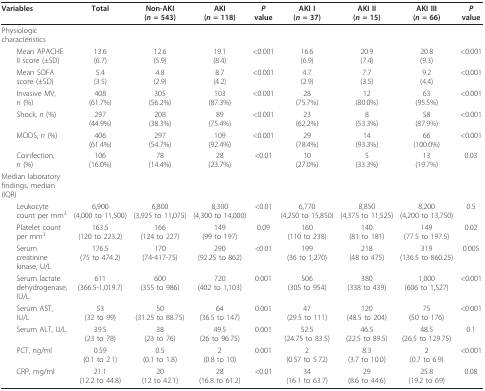
<table><thead><tr><td><b>Variables</b></td><td><b>Total</b></td><td><b>Non-AKI(<i>n </i>= 543)</b></td><td><b>AKI(<i>n </i>= 118)</b></td><td><b><i>P </i>value</b></td><td><b>AKI I(<i>n </i>= 37)</b></td><td><b>AKI II(<i>n </i>= 15)</b></td><td><b>AKI III(<i>n </i>= 66)</b></td><td><b><i>P </i>value</b></td></tr></thead><tbody><tr><td>Physiologic characteristics</td><td></td><td></td><td></td><td></td><td></td><td></td><td></td><td></td></tr><tr><td> Mean APACHE II score (±SD)</td><td>13.6 (6.7)</td><td>12.6 (5.9)</td><td>19.1 (8.4)</td><td>&lt;0.001</td><td>16.6 (6.9)</td><td>20.9 (7.4)</td><td>20.8 (9.3)</td><td>&lt;0.001</td></tr><tr><td> Mean SOFA score (±SD)</td><td>5.4 (3.5)</td><td>4.8 (2.9)</td><td>8.7 (4.2)</td><td>&lt;0.001</td><td>4.7 (2.9)</td><td>7.7 (3.5)</td><td>9.2 (4.4)</td><td>&lt;0.001</td></tr><tr><td> Invasive MV, <i>n </i>(%)</td><td>408 (61.7%)</td><td>305 (56.2%)</td><td>103 (87.3%)</td><td>&lt;0.001</td><td>28 (75.7%)</td><td>12 (80.0%)</td><td>63 (95.5%)</td><td>&lt;0.001</td></tr><tr><td> Shock, <i>n </i>(%)</td><td>297 (44.9%)</td><td>208 (38.3%)</td><td>89 (75.4%)</td><td>&lt;0.001</td><td>23 (62.2%)</td><td>8 (53.3%)</td><td>58 (87.9%)</td><td>&lt;0.001</td></tr><tr><td> MODS, <i>n </i>(%)</td><td>406 (61.4%)</td><td>297 (54.7%)</td><td>109 (92.4%)</td><td>&lt;0.001</td><td>29 (78.4%)</td><td>14 (93.3%)</td><td>66 (100.0%)</td><td>&lt;0.001</td></tr><tr><td> Coinfection, <i>n </i>(%)</td><td>106 (16.0%)</td><td>78 (14.4%)</td><td>28 (23.7%)</td><td>&lt;0.01</td><td>10 (27.0%)</td><td>5 (33.3%)</td><td>13 (19.7%)</td><td>0.03</td></tr><tr><td>Median laboratory findings, median (IQR)</td><td></td><td></td><td></td><td></td><td></td><td></td><td></td><td></td></tr><tr><td> Leukocyte count per mm<sup>3</sup></td><td>6,900 (4,000 to 11,500)</td><td>6,800 (3,925 to 11,075)</td><td>8,300 (4,300 to 14,000)</td><td>&lt;0.01</td><td>6,770 (4,250 to 15,850)</td><td>8,850 (4,375 to 11,525)</td><td>8,200 (4,200 to 13,750)</td><td>0.5</td></tr><tr><td> Platelet count per mm<sup>3</sup></td><td>163.5 (120 to 223.2)</td><td>166 (124 to 227)</td><td>149 (99 to 197)</td><td>0.09</td><td>160 (110 to 238)</td><td>140 (81 to 181)</td><td>149 (77.5 to 197.5)</td><td>0.02</td></tr><tr><td> Serum creatinine kinase, U/L</td><td>176.5 (75 to 474.2)</td><td>170 (74-417-75)</td><td>290 (92.25 to 862)</td><td>&lt;0.01</td><td>199 (36 to 1,270)</td><td>218 (48 to 475)</td><td>319 (136.5 to 860.25)</td><td>0.005</td></tr><tr><td> Serum lactate dehydrogenase, IU/L</td><td>611 (366.5-1,019.7)</td><td>600 (355 to 986)</td><td>720 (402 to 1,103)</td><td>0.001</td><td>506 (305 to 954)</td><td>380 (338 to 439)</td><td>1,000 (606 to 1,527)</td><td>&lt;0.001</td></tr><tr><td> Serum AST, IU/L</td><td>53 (32 to 99)</td><td>50 (31.25 to 88.75)</td><td>64 (36.5 to 147)</td><td>0.001</td><td>47 (29.5 to 111)</td><td>120 (48.5 to 204)</td><td>75 (50 to 176)</td><td>&lt;0.001</td></tr><tr><td> Serum ALT, U/L</td><td>39.5 (23 to 78)</td><td>38 (23 to 76)</td><td>49.5 (26 to 96.75)</td><td>0.001</td><td>52.5 (24.75 to 83.5)</td><td>46.5 (22.5 to 89.5)</td><td>48.5 (26.5 to 129.75)</td><td>0.1</td></tr><tr><td> PCT, ng/ml</td><td>0.59 (0.1 to 2.1)</td><td>0.5 (0.1 to 1.8)</td><td>2 (0.8 to 10)</td><td>0.001</td><td>2 (0.57 to 5.72)</td><td>8.3 (3.7 to 10.0)</td><td>2 (0.7 to 6.9)</td><td>&lt;0.001</td></tr><tr><td> CRP, mg/ml</td><td>21.1 (12.2 to 44.8)</td><td>20 (12 to 42.1)</td><td>28 (16.8 to 61.2)</td><td>&lt;0.01</td><td>34 (16.1 to 63.7)</td><td>29 (8.6 to 44.6)</td><td>25.8 (19.2 to 69)</td><td>0.08</td></tr></tbody></table>